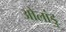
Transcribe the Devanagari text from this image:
ओलांडु